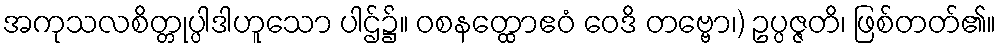
အကုသလစိတ္တုပ္ပါဒါဟူသော ပါဌ်၌။ ဝစနတ္ထောဧဝံ ဝေဒိ တဗ္ဗော၊) ဥပ္ပဇ္ဇတိ၊ ဖြစ်တတ်၏။